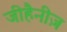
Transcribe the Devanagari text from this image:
जीहैनीज़